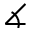
\measuredangle